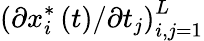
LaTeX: \left(\partial x_{i}^{\ast}\left(t\right)/\partial t_{j}\right)_{i,j=1}^{L}